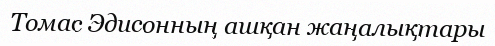
Томас Эдисонның ашқан жаңалықтары